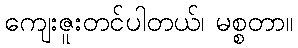
ကျေးဇူးတင်ပါတယ်၊ မစ္စတာ။